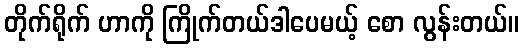
တိုက်ရိုက် ဟာကို ကြိုက်တယ်ဒါပေမယ့် စော လွန်းတယ်။